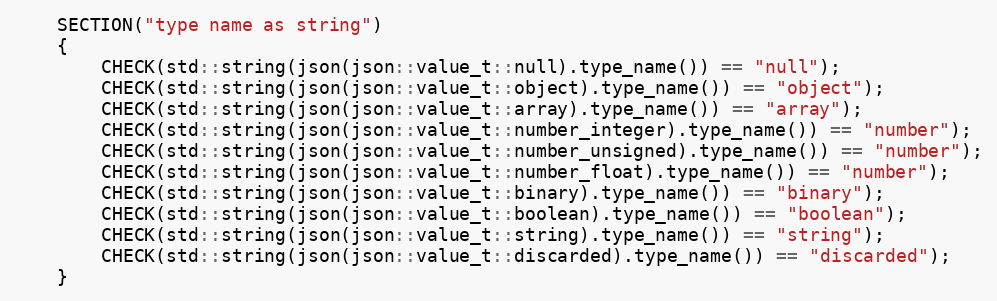
Language: C++
    SECTION("type name as string")
    {
        CHECK(std::string(json(json::value_t::null).type_name()) == "null");
        CHECK(std::string(json(json::value_t::object).type_name()) == "object");
        CHECK(std::string(json(json::value_t::array).type_name()) == "array");
        CHECK(std::string(json(json::value_t::number_integer).type_name()) == "number");
        CHECK(std::string(json(json::value_t::number_unsigned).type_name()) == "number");
        CHECK(std::string(json(json::value_t::number_float).type_name()) == "number");
        CHECK(std::string(json(json::value_t::binary).type_name()) == "binary");
        CHECK(std::string(json(json::value_t::boolean).type_name()) == "boolean");
        CHECK(std::string(json(json::value_t::string).type_name()) == "string");
        CHECK(std::string(json(json::value_t::discarded).type_name()) == "discarded");
    }